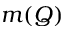
m ( Q )